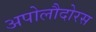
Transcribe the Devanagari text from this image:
अपोलौदोरस